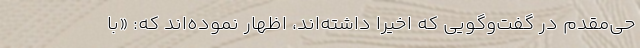
حی‌مقدم در گفت‌وگویی که اخیرا داشته‌اند، اظهار نموده‌اند که: «با